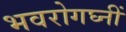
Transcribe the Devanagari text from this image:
भवरोगघ्नीं